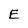
Character: E